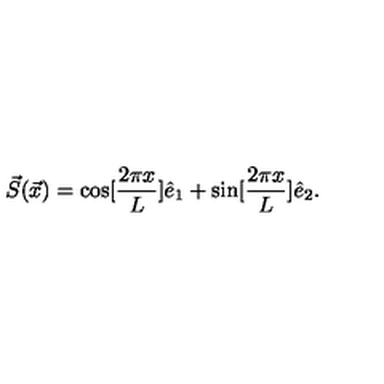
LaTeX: \vec { S } ( \vec { x } ) = \cos [ \frac { 2 \pi x } { L } ] \hat { e } _ { 1 } + \sin [ \frac { 2 \pi x } { L } ] \hat { e } _ { 2 } .